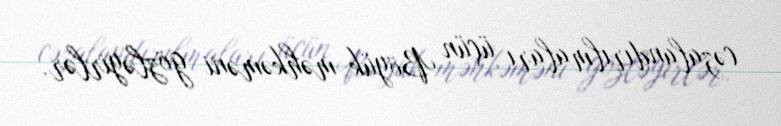
cəzalandırılmaları üçün Böyük məhkəməni gözləyirlər.